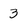
Character: 3